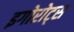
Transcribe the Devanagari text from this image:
इगोरोट्स